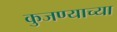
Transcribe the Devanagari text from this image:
कुजण्याच्या